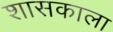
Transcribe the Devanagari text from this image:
शासकाला